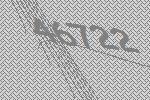
46722